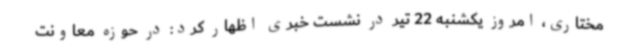
مختاری، امروز یکشنبه 22 تیر در نشست خبری اظهار کرد: در حوزه معاونت